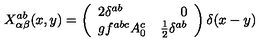
X _ { \alpha \beta } ^ { a b } ( x , y ) = \left( \begin{array} { l r } { 2 \delta ^ { a b } } & { 0 \nonumber } \\ { g f ^ { a b c } A _ { 0 } ^ { c } } & { \frac { 1 } { 2 } \delta ^ { a b } \nonumber } \\ \end{array} \right) \delta ( x - y )